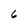
Character: 6